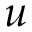
u